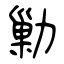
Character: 勦